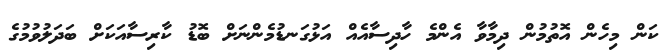
ކަން މިހެން އޮތުމުން ދިމާވާ އެންމެ ހާދިސާއެއް އަޅުގަނޑުމެންނަށް ބޮޑު ކާރިސާއަކަށް ބަދަލުވުމުގެ